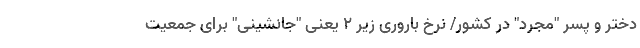
دختر و پسر "مجرد" در کشور/ نرخ باروری زیر ۲ یعنی "جانشینی" برای جمعیت